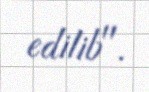
edilib".